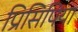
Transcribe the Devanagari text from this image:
प्रिसिपिया